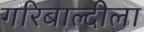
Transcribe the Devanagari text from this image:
गरिबाल्दीला